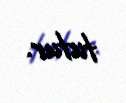
tutur.